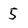
Character: 5